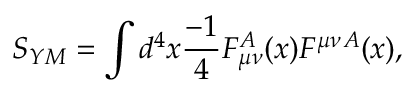
S _ { Y M } = \int d ^ { 4 } x { \frac { - 1 } { 4 } } { \cal F } _ { \mu \nu } ^ { A } ( x ) { \cal F } ^ { \mu \nu } { } ^ { A } ( x ) ,